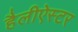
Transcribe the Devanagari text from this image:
हैलीऐस्टर